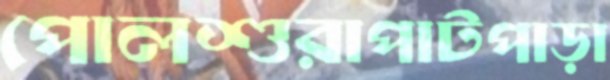
পোলশুরাপাটপাড়া